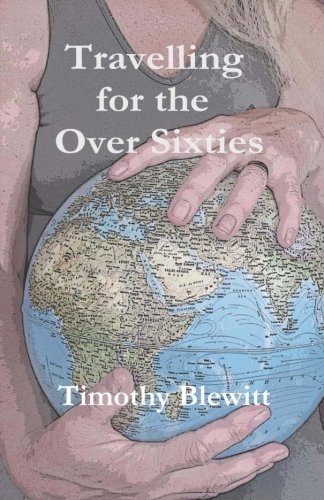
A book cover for Travelling For The Over 60's.; Mr Timothy Blewitt; Travel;